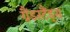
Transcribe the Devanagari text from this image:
ग्रैंडस्टैंड्स